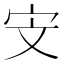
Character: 𮱟